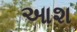
આશ